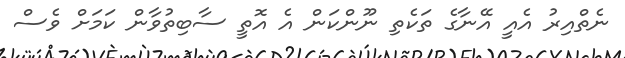
ނެތްއިރު އެއީ އޭނާގެ ތަކެތި ނޫންކަން އެ އޮތީ ސާބިތުވާން ކަމަށް ވެސް